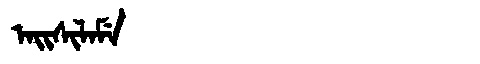
Manchu: ᠠᡳᠰᡳᠯᠠᠮᡝ
Romanization: AISILAME